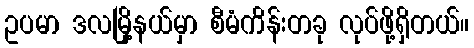
ဥပမာ ဒလမြို့နယ်မှာ စီမံကိန်းတခု လုပ်ဖို့ရှိတယ်။